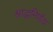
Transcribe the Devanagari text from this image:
श्राद्धनिर्णय